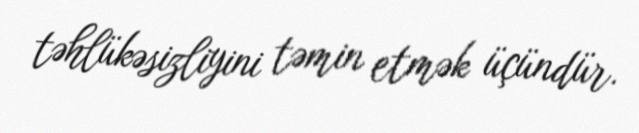
təhlükəsizliyini təmin etmək üçündür.